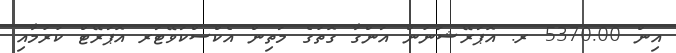
އިން 5370.00 ރ. އޮޕަރޭޝަނުން އަންގާ ގޮތުގެ މަތިން އެކްސްކަވޭޓަރ އޮޕަރޭޓް ކުރުމާއި